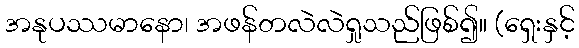
အနုပဿမာနော၊ အဖန်တလဲလဲရှုသည်ဖြစ်၍။ (ရှေးနှင့်